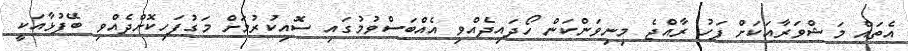
އެތައް މަޝްވަރާއަކަށް ފަހު ރާއްޖެ މިނިވަންކަން ހޯދައިދެއްވި އެއްބަސްވުމުގައި ސޮއިކުރުމަށް މަގުފަހިކޮށްދެއްވި ބޭފުޅާއަކީ